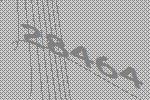
28464